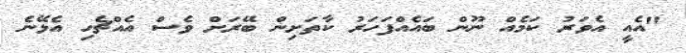
"އެއީ އެވަރު ކަމެއް ނޫން ބައެއްފަހަރު ކާތަށިން ބޭރަށް ވެސް އެއްޗެހި އެޅޭނެ